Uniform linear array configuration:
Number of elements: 4
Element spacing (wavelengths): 0.5
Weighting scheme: kaiser
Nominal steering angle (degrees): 30
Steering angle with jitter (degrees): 28.332
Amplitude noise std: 0.05
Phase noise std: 0.05

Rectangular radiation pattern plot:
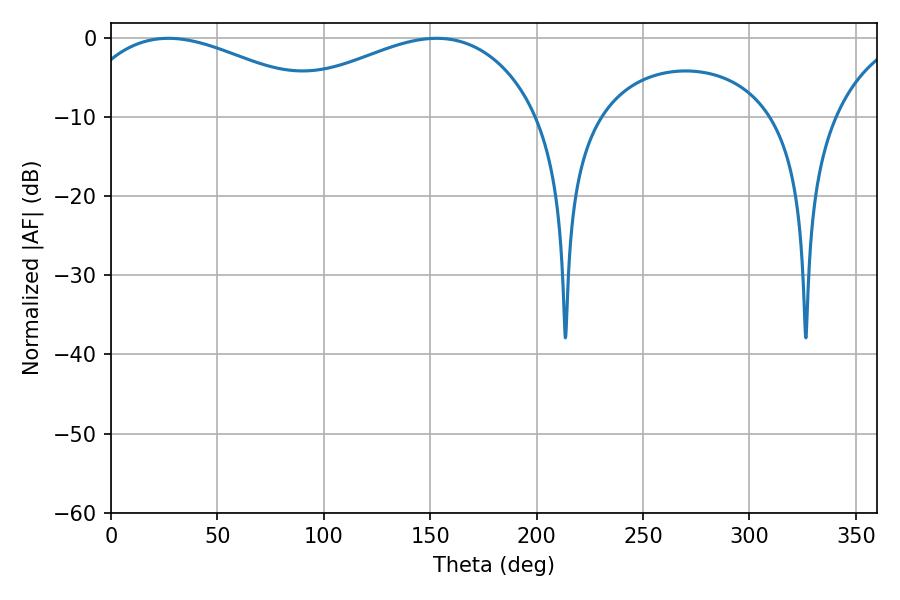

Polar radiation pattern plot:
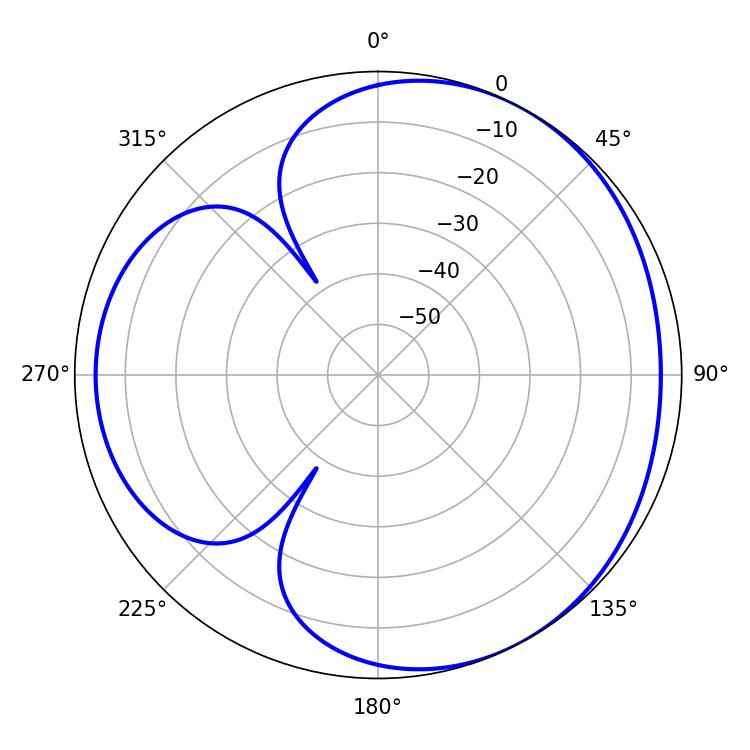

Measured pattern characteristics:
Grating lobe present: FALSE
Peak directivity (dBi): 3.573
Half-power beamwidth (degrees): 69.3
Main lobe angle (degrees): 153